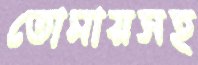
তোমায়সহ